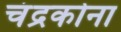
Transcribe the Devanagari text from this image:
चंद्रकोना